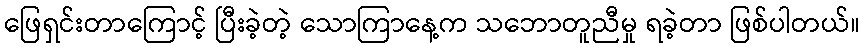
ဖြေရှင်းတာကြောင့် ပြီးခဲ့တဲ့ သောကြာနေ့က သဘောတူညီမှု ရခဲ့တာ ဖြစ်ပါတယ်။